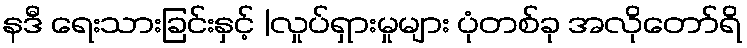
နဒီ ရေးသားခြင်းနှင့် |လှုပ်ရှားမှုများ ပုံတစ်ခု အလိုတော်ရိ